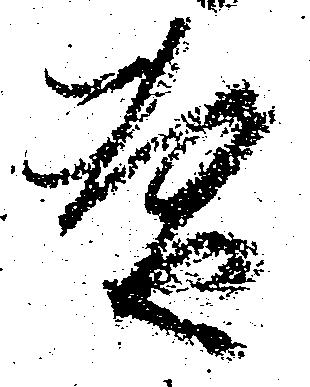
替